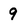
Character: 9